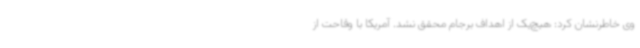
وی خاطرنشان کرد: هیچ‌یک از اهداف برجام محقق نشد. آمریکا با وقاحت از